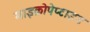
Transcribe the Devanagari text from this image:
माइक्रोपेप्टाइड